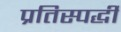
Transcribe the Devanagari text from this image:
प्रतिस्पर्द्धी